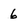
Character: 6